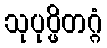
သုပုပ္ဖိတဂ္ဂံ